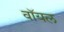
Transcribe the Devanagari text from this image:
वॉयल